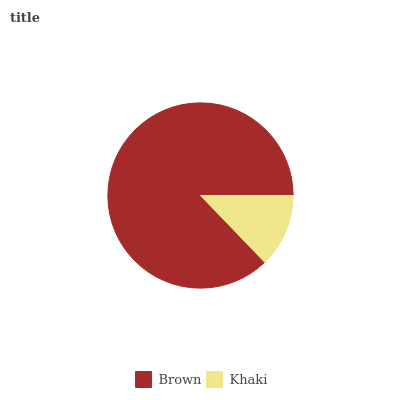
| Brown | Khaki |
 | --- | --- |
 | 87.2% | 12.8% |